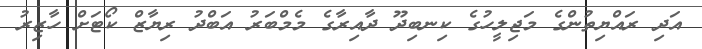
އަދި ރައްޔިތުންގެ މަޖިލީހުގެ ކިނބިދޫ ދާއިރާގެ މެމްބަރު އަބްދު ރިޔާޒް ކޯޓަށް ހާޒިރު